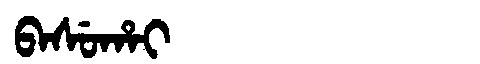
Manchu: ᠪᠠᠰᡠᡥᠠᡳ
Romanization: BASUHAI